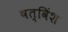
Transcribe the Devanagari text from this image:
षत्‌विंश